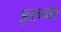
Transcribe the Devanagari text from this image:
इरुना